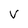
Character: V